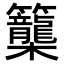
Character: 𥸉